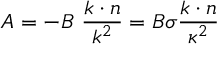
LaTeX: A = - B \ \frac { k \cdot n } { k ^ { 2 } } = B \sigma \frac { k \cdot n } { \kappa ^ { 2 } }